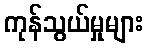
ကုန်သွယ်မှုများ